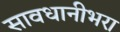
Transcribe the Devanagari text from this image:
सावधानीभरा